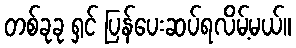
တစ်ခုခု ရှင် ပြန်ပေးဆပ်ရလိမ့်မယ်။